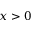
x > 0